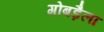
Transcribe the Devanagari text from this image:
गोबड़ैला